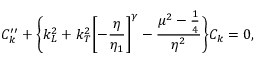
{ \cal C } _ { k } ^ { \prime \prime } + \biggl \{ k _ { L } ^ { 2 } + k _ { T } ^ { 2 } \biggl [ - \frac { \eta } { \eta _ { 1 } } \biggr ] ^ { \gamma } - \frac { \mu ^ { 2 } - \frac { 1 } { 4 } } { \eta ^ { 2 } } \biggr \} { \cal C } _ { k } = 0 ,